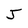
Character: J